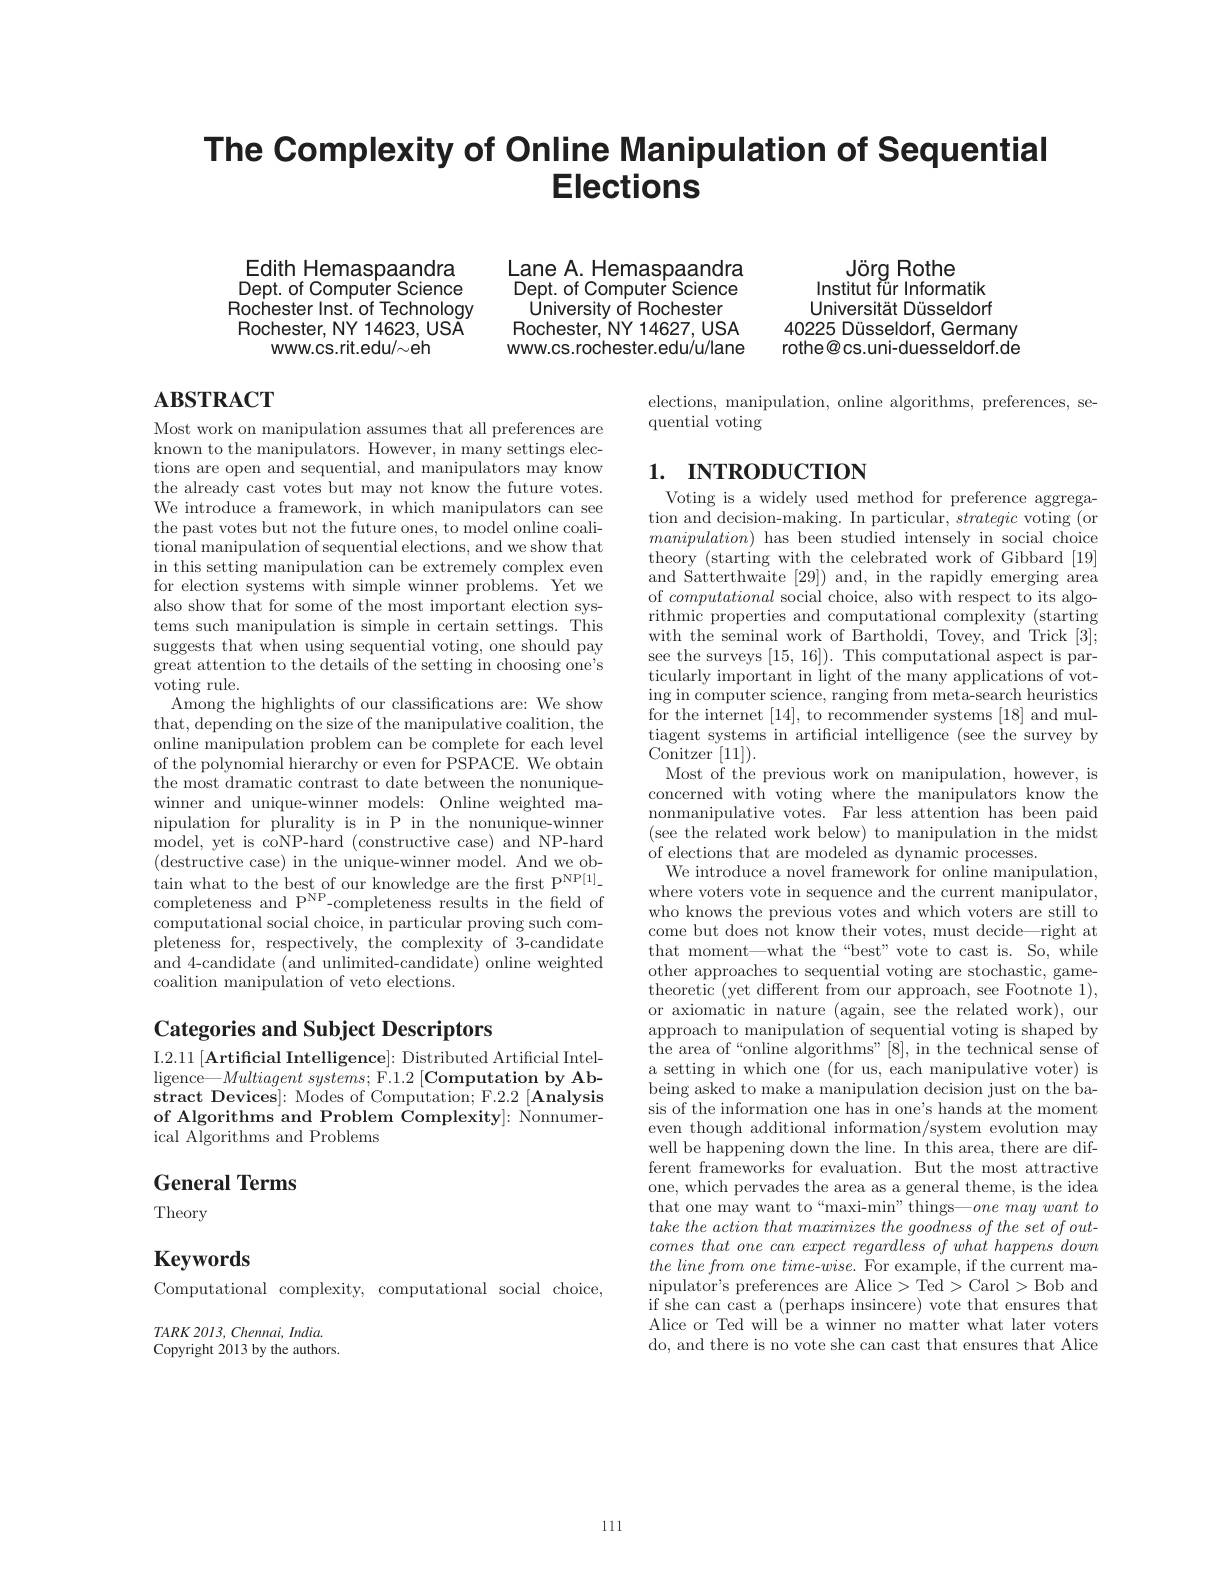
# The Complexity of Online Manipulation of Sequential Elections

Lane A. Hemaspaandra Dept. of Computer Science University of Rochester Rochester, NY 14627, USA www.cs.rochester.edu/u/lane

Edith Hemaspaandra Dept. of Computer Science Rochester Inst. of Technology Rochester, NY 14623, USA
www.cs.rit.edu/~eh

Jörg Rothe
Institut für Informatik Universität Düsseldorf
40225 Düsseldorf, Germany rothe@cs.uni-duesseldorf.dé

## $\mathbf{ABSTRACT}$

elections, manipulation, online algorithms, preferences, se-
quential voting

## 1. INTRODUCTION

Most work on manipulation assumes that all preferences are known to the manipulators. However, in many settings elections are open and sequential, and manipulators may know the already cast votes but may not know the future votes. We introduce a framework, in which manipulators can see the past votes but not the future ones, to model online coalitional manipulation of sequential elections, and we show that in this setting manipulation can be extremely complex even for election systems with simple winner problems. Yet we also show that for some of the most important election systems such manipulation is simple in certain settings. This suggests that when using sequential voting, one should pay great attention to the details of the setting in choosing one's voting rule.
Among the highlights of our classifications are: We show that, depending on the size of the manipulative coalition, the online manipulation problem can be complete for each level $\hat{\text{of the polynomial hierarchy or even for PSPACE. We obtain}}$ the most dramatic contrast to date between the nonuniquewinner and unique-winner models: Online weighted manipulation for plurality is in P in the nonunique-winner model, yet is coNP-hard (constructive case) and NP-hard (destructive case) in the unique-winner model. And we ob- $\tan$ what to the best of our knowledge are the first P$^{\mathrm{NP}[1]}$- completeness and P$^\mathrm{NP}$-completeness results in the field of computational social choice, in particular proving such completeness for, respectively, the complexity of 3-candidate and 4-candidate (and unlimited-candidate) online weighted coalition manipulation of veto elections.

Voting is a widely used method for preference aggregation and decision-making. In particular, strategic voting (or $manipulation)$ has been studied intensely in social choice theory ( starting with the celebrated work of Gibbard [ 19] and Satterthwaite [29]) and, in the rapidly emerging area of computational social choice, also with respect to its algorithmic properties and computational complexity (starting with the seminal work of Bartholdi, Tovey, and Trick [3]; see the surveys [15,16]). This computational aspect is particularly important in light of the many applications of voting in computer science, ranging from meta-search heuristics for the internet [14], to recommender systems [18] and multiagent systems in artificial intelligence (see the survey by Conitzer [11]).
Most of the previous work on manipulation, however, is concerned with voting where the manipulators know the nonmanipulative votes. Far less attention has been paid (see the related work below) to manipulation in the midst of elections that are modeled as dynamic processes.
We introduce a novel framework for online manipulation, where voters vote in sequence and the current manipulator, who knows the previous votes and which voters are still to come but does not know their votes, must decide—right at that moment—what the“best”vote to cast is. So, while other approaches to sequential voting are stochastic, gametheoretic (yet different from our approach, see Footnote 1), or axiomatic in nature (again, see the related work), our approach to manipulation of sequential voting is shaped by the area of“online algorithms”[8], in the technical sense of a setting in which one (for us, each manipulative voter) is being asked to make a manipulation decision just on the basis of the information one has in one's hands at the moment even though additional information/system evolution may well be happening down the line. In this area, there are different frameworks for evaluation. But the most attractive one, which pervades the area as a general theme, is the idea that one may want to“maxi-min”things—onemaywantto $take\textit{ the action that maximizes the goodness of the set of out- }$ $comes\textit{that one can expect regardless of what happens down}$ $the\textit{line from one time- wise. For example, if the current ma- }$ nipulator's preferences are Alice>Ted>Carol>Bob and if she can cast a (perhaps insincere) vote that ensures that Alice or Ted will be a winner no matter what later voters do, and there is no vote she can cast that ensures that Alice

## Categories and Subject Descriptors

I. 2. 11 [ Artiffcial Intelligence] : Distributed Artificial Intel- $\operatorname* { ligence} Multiagent systems; $F. 1. 2 [ Computation by Ab- stract Devices]: Modes of Computation; F.2.2 [Analysis of Algorithms and Problem Complexity]: Nonnumerical Algorithms and Problems

# General Terms Theory

Keywords

Computational complexity, computational social choice,

$TARK2013,Chennai,India.$ Copyright 2013 by the authors.

111